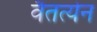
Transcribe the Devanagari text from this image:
वैतत्येन